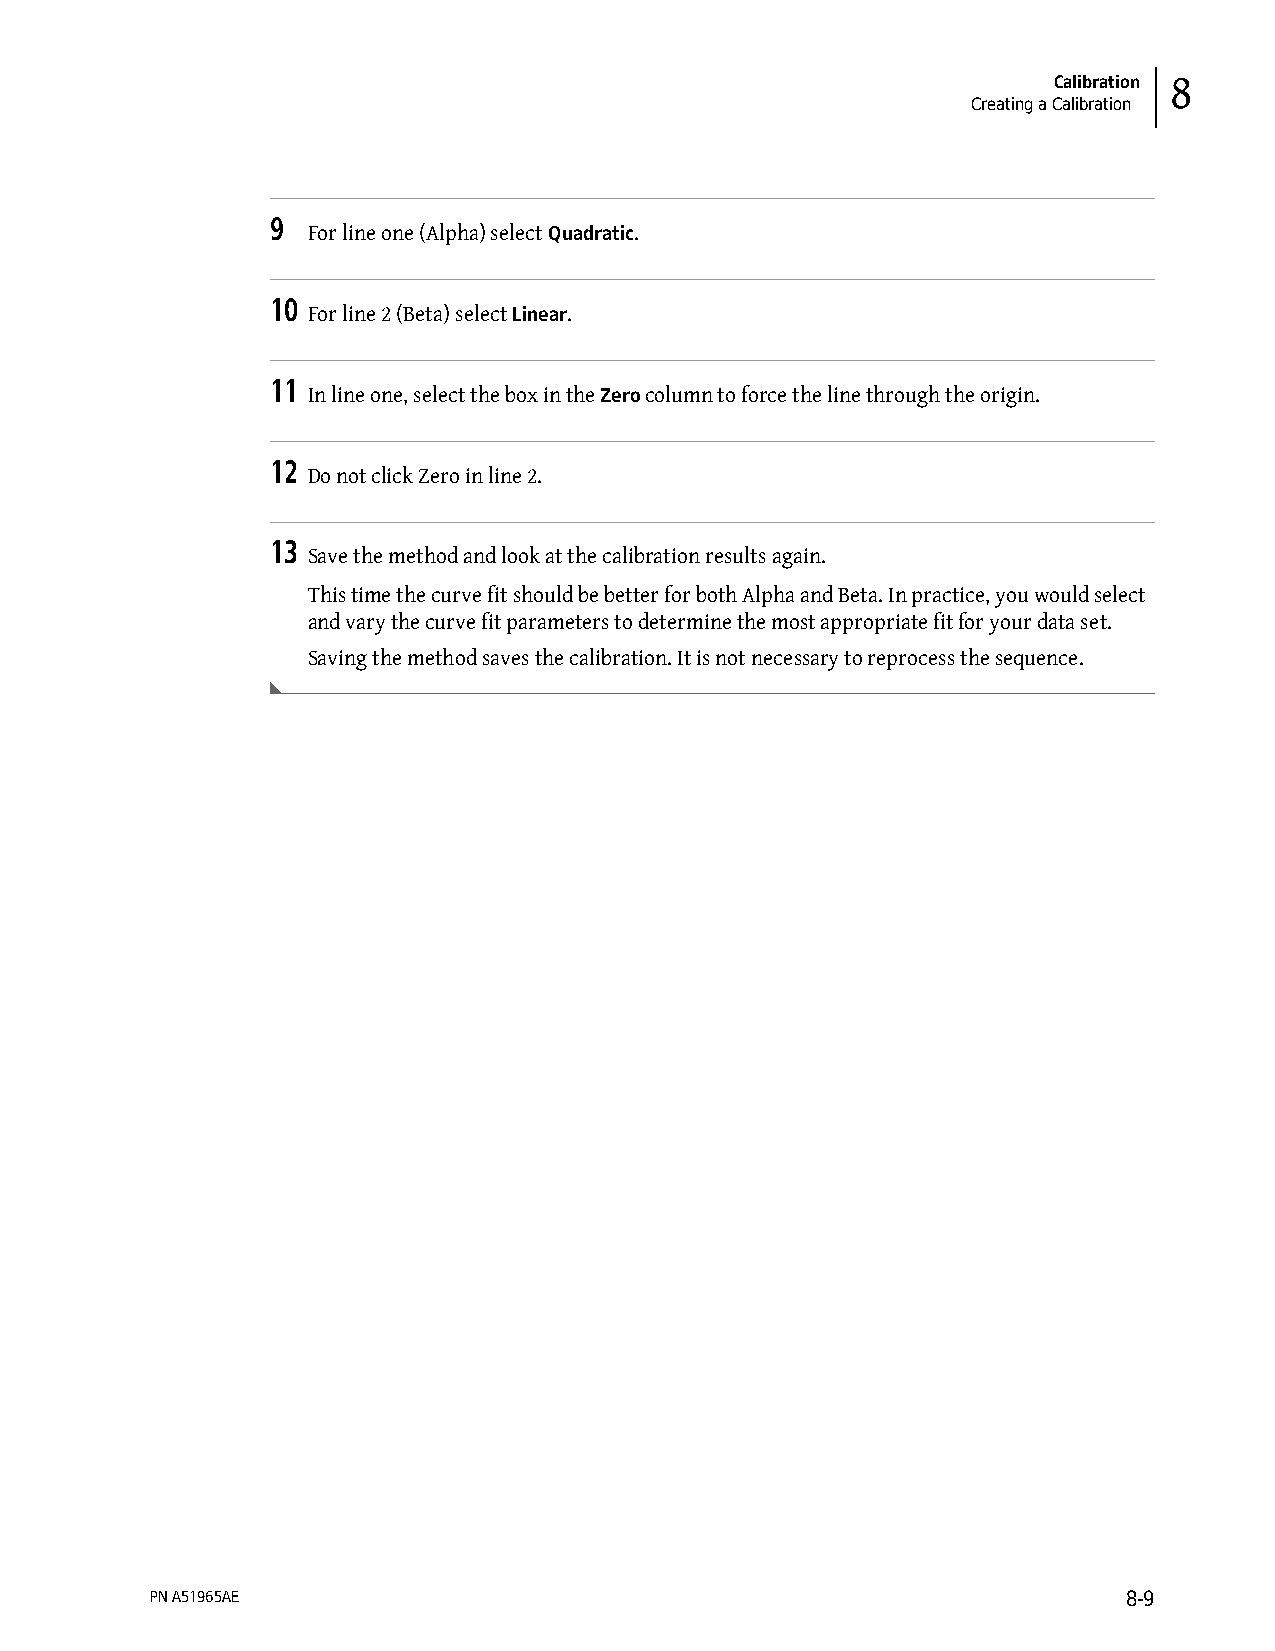
Calibration 8
 Creating a Calibration
 9
 For line one (Alpha) select Quadratic.
 10
 For line 2 (Beta) select Linear.
 11
 In line one, select the box in the Zero column to force the line through the origin.
 12
 Do not click Zero in line 2.
 13
 Save the method and look at the calibration results again.
 This time the curve fit should be better for both Alpha and Beta. In practice, you would select
 and vary the curve fit parameters to determine the most appropriate fit for your data set.
 Saving the method saves the calibration. It is not necessary to reprocess the sequence.
 PN A51965AE                                                      8-9